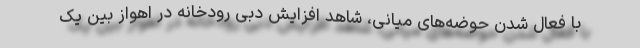
با فعال شدن حوضه‌های میانی، شاهد افزایش دبی رودخانه در اهواز بین یک